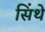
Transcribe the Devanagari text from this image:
सिंथे